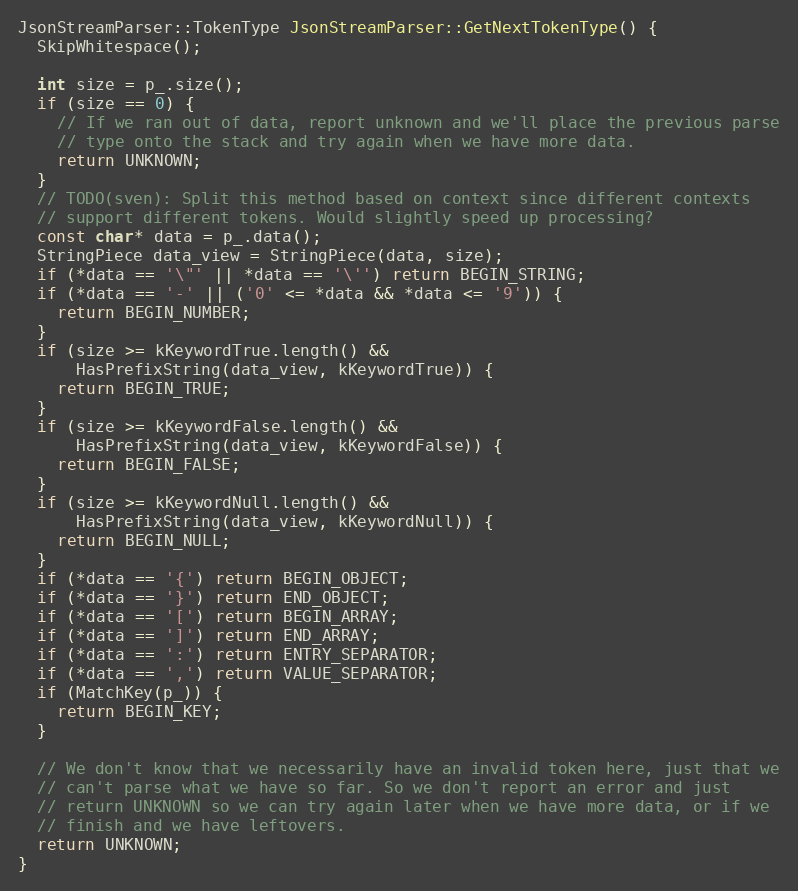
Language: C++
JsonStreamParser::TokenType JsonStreamParser::GetNextTokenType() {
  SkipWhitespace();

  int size = p_.size();
  if (size == 0) {
    // If we ran out of data, report unknown and we'll place the previous parse
    // type onto the stack and try again when we have more data.
    return UNKNOWN;
  }
  // TODO(sven): Split this method based on context since different contexts
  // support different tokens. Would slightly speed up processing?
  const char* data = p_.data();
  StringPiece data_view = StringPiece(data, size);
  if (*data == '\"' || *data == '\'') return BEGIN_STRING;
  if (*data == '-' || ('0' <= *data && *data <= '9')) {
    return BEGIN_NUMBER;
  }
  if (size >= kKeywordTrue.length() &&
      HasPrefixString(data_view, kKeywordTrue)) {
    return BEGIN_TRUE;
  }
  if (size >= kKeywordFalse.length() &&
      HasPrefixString(data_view, kKeywordFalse)) {
    return BEGIN_FALSE;
  }
  if (size >= kKeywordNull.length() &&
      HasPrefixString(data_view, kKeywordNull)) {
    return BEGIN_NULL;
  }
  if (*data == '{') return BEGIN_OBJECT;
  if (*data == '}') return END_OBJECT;
  if (*data == '[') return BEGIN_ARRAY;
  if (*data == ']') return END_ARRAY;
  if (*data == ':') return ENTRY_SEPARATOR;
  if (*data == ',') return VALUE_SEPARATOR;
  if (MatchKey(p_)) {
    return BEGIN_KEY;
  }

  // We don't know that we necessarily have an invalid token here, just that we
  // can't parse what we have so far. So we don't report an error and just
  // return UNKNOWN so we can try again later when we have more data, or if we
  // finish and we have leftovers.
  return UNKNOWN;
}